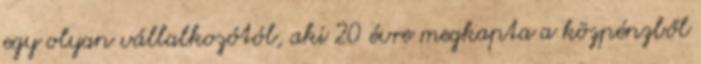
egy olyan vállalkozótól, aki 20 évre megkapta a közpénzből